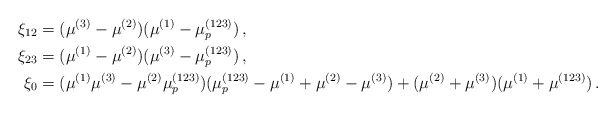
\begin{align*}\xi_{12} &= (\mu^{(3)}-\mu^{(2)})(\mu^{(1)}-\mu_p^{(123)}) \,, \\\xi_{23} &= (\mu^{(1)}-\mu^{(2)})(\mu^{(3)}-\mu_p^{(123)}) \,, \\ \xi_0 &= (\mu^{(1)}\mu^{(3)}-\mu^{(2)}\mu_p^{(123)})(\mu_p^{(123)}-\mu^{(1)}+\mu^{(2)}-\mu^{(3)}) + (\mu^{(2)}+\mu^{(3)})(\mu^{(1)}+\mu^{(123)}) \,.\end{align*}